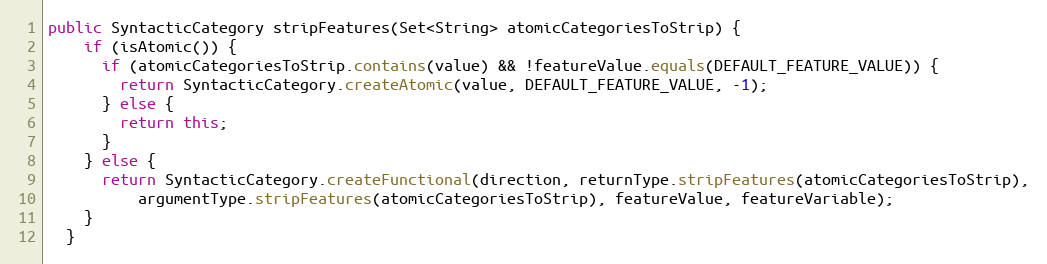
Language: Java
public SyntacticCategory stripFeatures(Set<String> atomicCategoriesToStrip) {
    if (isAtomic()) {
      if (atomicCategoriesToStrip.contains(value) && !featureValue.equals(DEFAULT_FEATURE_VALUE)) {
        return SyntacticCategory.createAtomic(value, DEFAULT_FEATURE_VALUE, -1);
      } else {
        return this;
      }
    } else {
      return SyntacticCategory.createFunctional(direction, returnType.stripFeatures(atomicCategoriesToStrip),
          argumentType.stripFeatures(atomicCategoriesToStrip), featureValue, featureVariable);
    }
  }